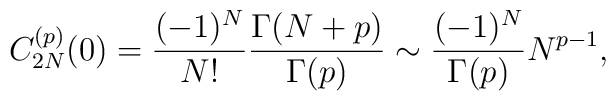
C_{2N}^{(p)}(0) = {(-1)^N \over N!}{\Gamma(N+p)\over \Gamma(p)} \sim {(-1)^N \over \Gamma(p)} N^{p-1},